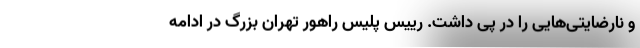
و نارضایتی‌هایی را در پی داشت. رییس پلیس راهور تهران بزرگ در ادامه